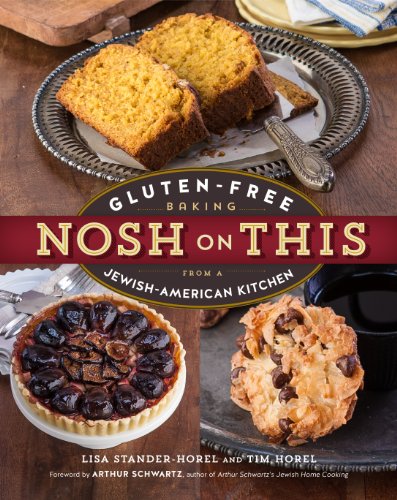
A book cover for Nosh on This: Gluten-Free Baking from a Jewish-American Kitchen; Lisa Stander-Horel; Cookbooks, Food & Wine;